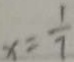
x = \frac { 1 } { 7 }